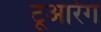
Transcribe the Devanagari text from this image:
टूआरेग